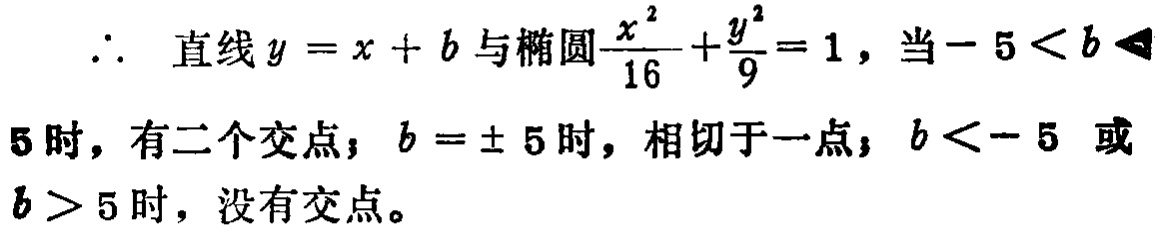
\(\therefore\) 直线\(y = x + b\)与椭圆\(\frac{x^{2}}{16}+\frac{y^{2}}{9}=1\)，当\(-5 < b < 5\)时，有二个交点；\(b = \pm 5\)时，相切于一点；\(b < - 5\)或\(b > 5\)时，没有交点。